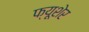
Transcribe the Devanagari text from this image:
फ्यूशेर